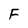
Character: F